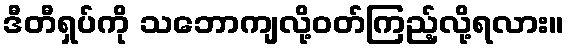
ဒီတီရှပ်ကို သဘောကျလို့ဝတ်ကြည့်လို့ရလား။